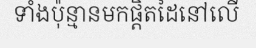
ទាំងប៉ុន្មានមកផ្តិតដៃនៅលើ